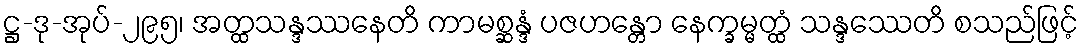
ဋ္ဌ-ဒု-အုပ်-၂၉၅၊ အတ္ထသန္ဒဿနေတိ ကာမစ္ဆန္ဒံ ပဇဟန္တော နေက္ခမ္မတ္ထံ သန္ဒဿေတိ စသည်ဖြင့်